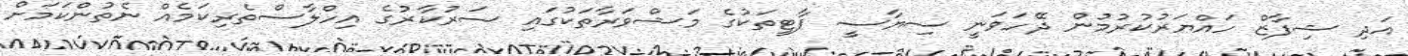
އަދި ޝިފާޒް ހައްޔަރުކުރުމުން ދޭހަވަނީ ސިޔާސީ ޕާޓީތަކުގެ މަޝްވަރާތަކުގައި ސަރުކާރުގެ އިހްލާސްތެރިކަމެއް ނެތުންކަމަށް